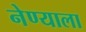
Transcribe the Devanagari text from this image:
नेण्याला